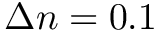
\Delta n = 0 . 1